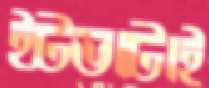
ইটভাটাই